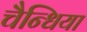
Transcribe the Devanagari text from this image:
चैन्धिया